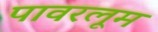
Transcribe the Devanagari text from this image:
पावरलूम